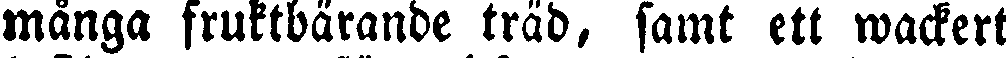
många fruktbärande träd, samt ett wackert